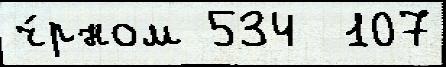
ч́рном 534  107